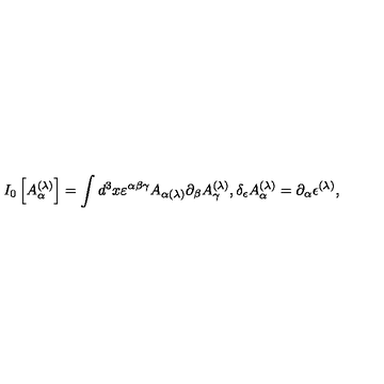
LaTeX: I _ { 0 } \left[ A _ { \alpha } ^ { ( \lambda ) } \right] = \int d ^ { 3 } x \varepsilon ^ { \alpha \beta \gamma } A _ { \alpha ( \lambda ) } \partial _ { \beta } A _ { \gamma } ^ { ( \lambda ) } , \delta _ { \epsilon } A _ { \alpha } ^ { ( \lambda ) } = \partial _ { \alpha } \epsilon ^ { ( \lambda ) } ,